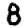
Digit: 8